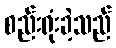
စည်းရုံးခဲ့သည်